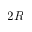
2 R